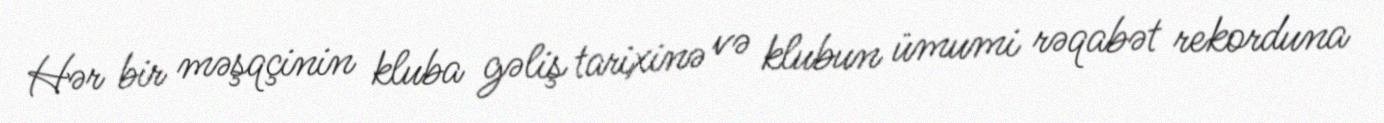
Hər bir məşqçinin kluba gəliş tarixinə və klubun ümumi rəqabət rekorduna